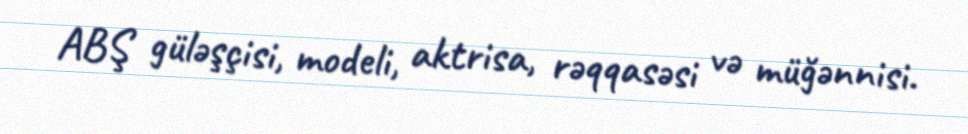
ABŞ güləşçisi, modeli, aktrisa, rəqqasəsi və müğənnisi.